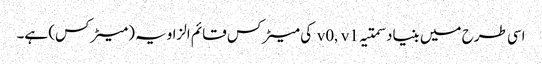
اسی طرح میں بنیاد سمتیہ v0, v1 کی میٹرکس قائم الزاویہ (میٹرکس) ہے۔